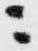
ニ